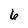
Character: 6